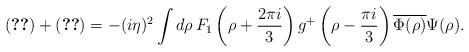
\begin{align*}\eqref{Achi2} +\eqref{Aphi1}= -(i\eta)^2 \int d \rho\, F_1 \left(\rho +\frac{2\pi i}{3}\right)g^+\left(\rho -\frac{\pi i}{3}\right)\overline{\Phi(\rho)}\Psi(\rho). \end{align*}